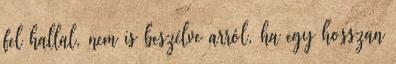
fel hallal, nem is beszélve arról, ha egy hosszan